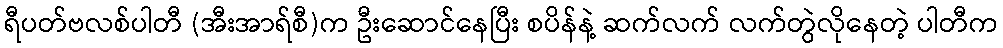
ရီပတ်ဗလစ်ပါတီ (အီးအာရ်စီ)က ဦးဆောင်နေပြီး စပိန်နဲ့ ဆက်လက် လက်တွဲလိုနေတဲ့ ပါတီက